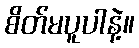
စိတ်မပူပါနဲ့။